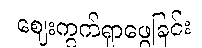
ဈေးကွက်ရှာဖွေခြင်း